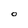
Character: o